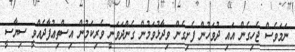
ނަމަވެސް ޖެހިގެން އައި ދުވަހުން ފެށިގެން ވިދާޅުވަމުން ގެންދަވަނީ ވެރިކަމުން އިސްތިޢުފާދެއްވީ ސިޔާސީ